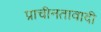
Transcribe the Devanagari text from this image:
प्राचीनतावादी